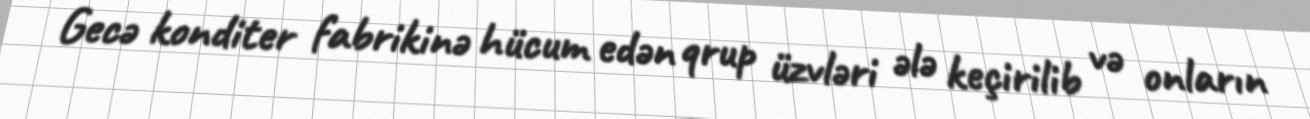
Gecə konditer fabrikinə hücum edən qrup üzvləri ələ keçirilib və onların